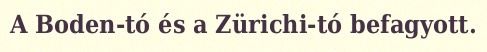
A Boden-tó és a Zürichi-tó befagyott.